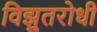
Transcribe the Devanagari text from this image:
विझुतरोधी